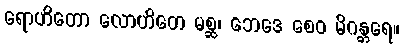
ရောဟိတော လောဟိတေ မစ္ဆ၊ ဘေဒေ စေဝ မိဂန္တရေ။